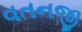
વતનજી